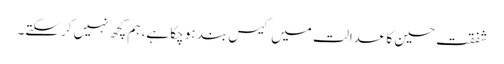
شفقت حسین کا عدالت میں کیس بند ہو چکا ہے، ہم کچھ نہیں کر سکتے۔